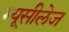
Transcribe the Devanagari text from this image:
म्यूसीलेज